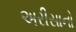
અરીસાનો